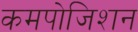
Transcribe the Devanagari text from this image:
कमपोजिशन